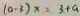
( a - 3 ) x = 3 + a